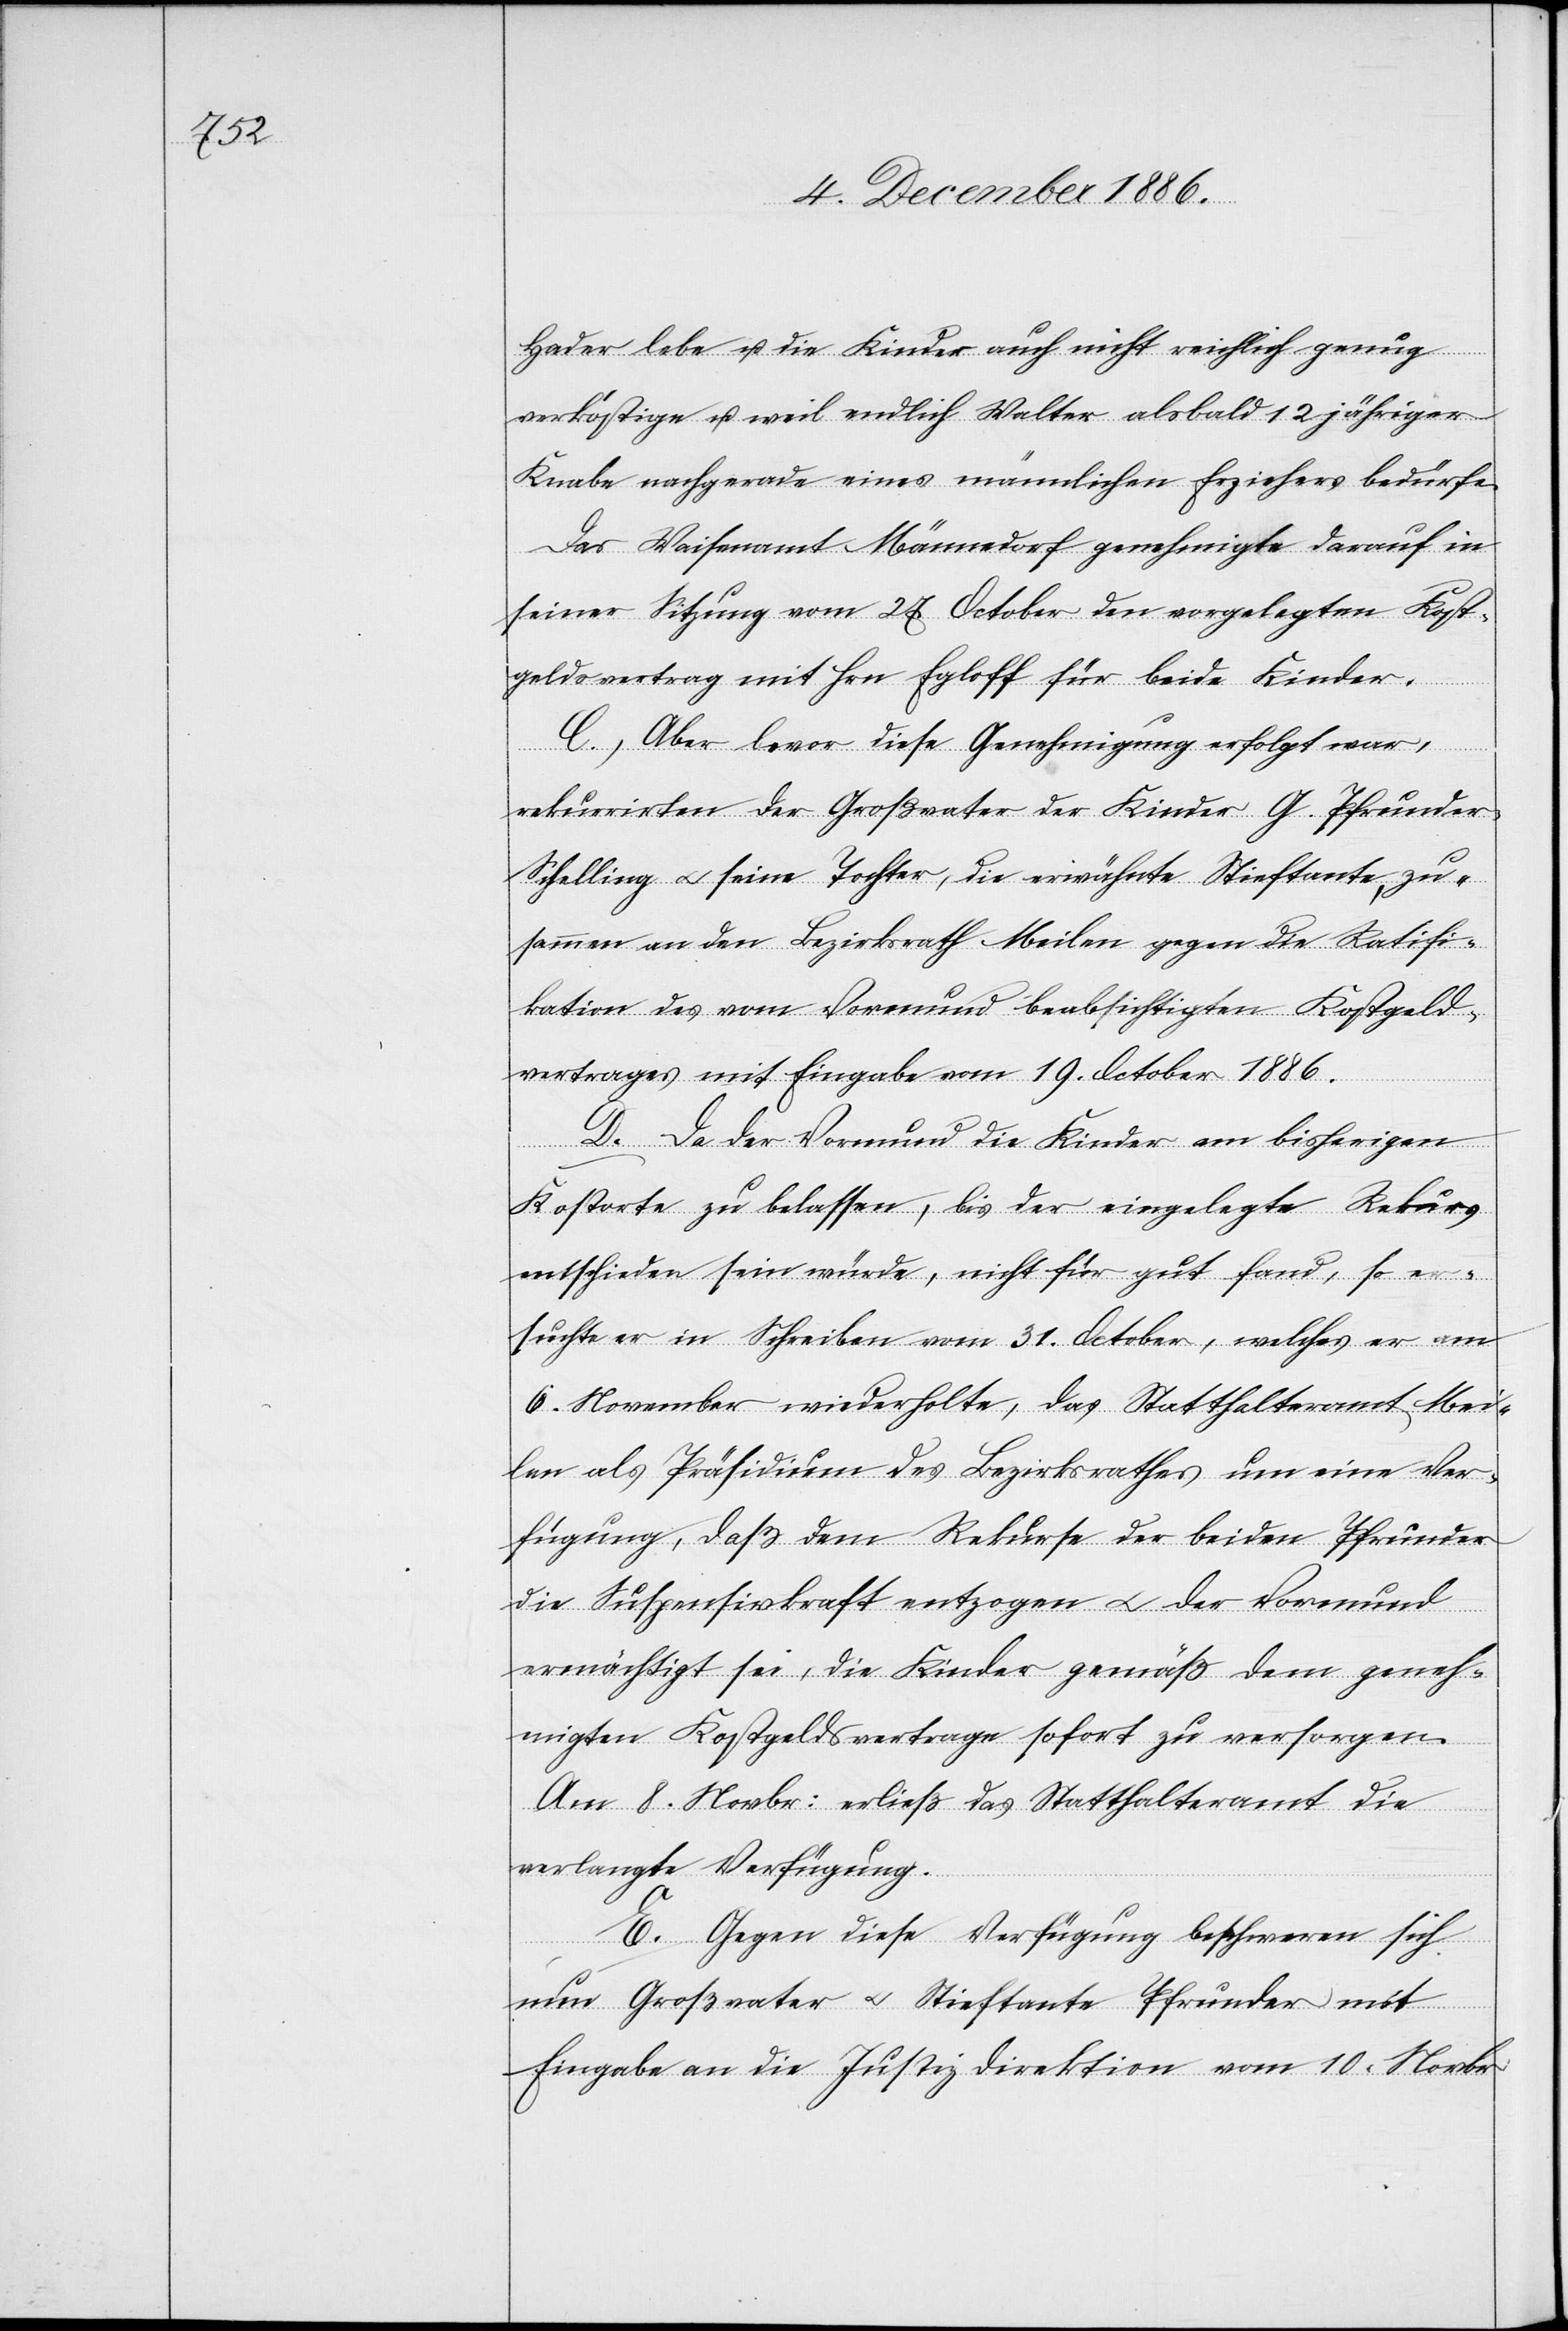
Hader lebe u. die Kinder auch nicht reichlich genug
verköstige u. weil endlich Walter alsbald 12jähriger
Knabe nachgerade eines männlichen Erziehers bedürfe.
Das Waisenamt Männedorf genehmigte darauf in
seiner Sitzung vom 27. October den vorgelegten Kost¬
geldvertrag mit Hrn. Egloff für beide Kinder.
C. Aber bevor diese Genehmigung erfolgt war,
rekurrirten der Großvater der Kinder G. Pfrunde¬
r-Schelling & seine Tochter, die erwähnte Stieftante, zu¬
sammen an den Bezirksrath Meilen gegen die Ratifi¬
kation des vom Vormund beabsichtigten Kostgeld¬
vertrages mit Eingabe vom 19. October 1886.
D. Da der Vormund die Kinder am bisherigen
Kostorte zu belassen, bis der eingelegte Rekurs
entschieden sein würde, nicht für gut fand, so er¬
suchte er in Schreiben vom 31. October, welches er am
6. November wiederholte, das Statthalteramt Mei¬
len als Präsidium des Bezirksrathes um eine Ver¬
fügung, daß dem Rekurse der beiden Pfrunder
die Suspensivkraft entzogen & der Vormund
ermächtigt sei, die Kinder gemäß dem geneh¬
migten Kostgeldvertrage sofort zu versorgen.
Am 8. Novbr. erließ das Statthalteramt die
verlangte Verfügung.
E. Gegen diese Verfügung beschweren sich
nun Großvater & Stieftante Pfrunder mit
Eingabe an die Justizdirektion vom 10. Novbr.